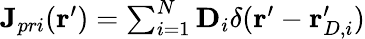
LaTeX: \begin{array}{r}{\mathbf{J}_{pri}(\mathbf{r}^{\prime})=\sum_{i=1}^{N}\mathbf{D}_{i}\delta(\mathbf{r}^{\prime}-\mathbf{r}_{D,i}^{\prime})}\end{array}